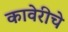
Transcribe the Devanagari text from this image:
कावेरीचे